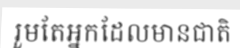
រួមតែអ្នកដែលមានជាតិ